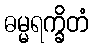
ဓမ္မရက္ခိတံ